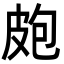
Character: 皰